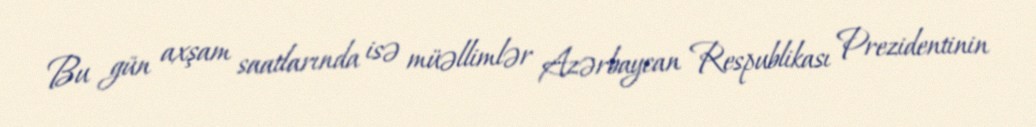
Bu gün axşam saatlarında isə müəllimlər Azərbaycan Respublikası Prezidentinin